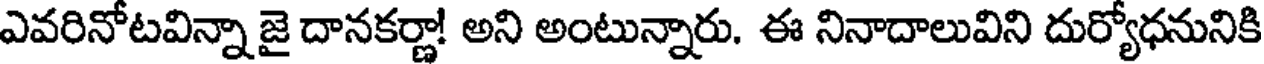
ఎవరినోటవిన్నా జై దానకర్ణా! అని అంటున్నారు. ఈ నినాదాలువిని దుర్యోధనునికి